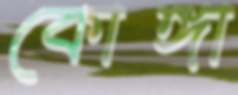
কোঙ্গা